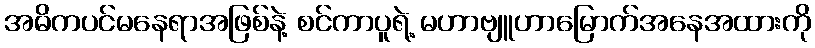
အဓိကပင်မနေရာအဖြစ်နဲ့ စင်ကာပူရဲ့ မဟာဗျူဟာမြောက်အနေအထားကို